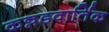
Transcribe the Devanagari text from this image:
कन्नडवार्तिक